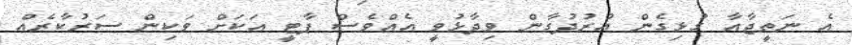
އެ ނަތީޖާއާ ގުޅިގެން އުރުދުގާން ވިދާޅުވީ އެއްވެސް ޕާޓީ އަކަށް ވަކިން ސަރުކާރެއް